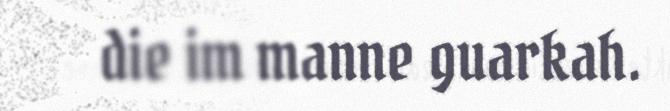
die im manne guarkah.